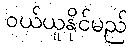
ဝယ်ယူနိုင်မည်